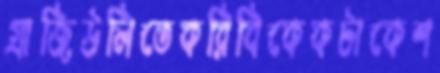
গ্রাজিউলিতেকরিবিকেকটাকেশ